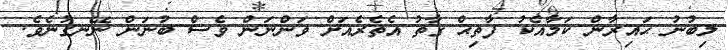
ލިބުނު ޙައިރާން ކަމާއެކު ފާތިޙް ގާތު އެތެރެއަށް ވަންނަން ވެސް ބުނަން ނޭނގުނެވެ.